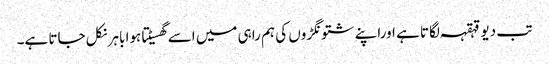
تب دیو قہقہہ لگاتا ہے اوراپنے شتونگڑوں کی ہم راہی میں اسے گھسیٹتا ہوا باہر نکل جاتا ہے۔